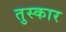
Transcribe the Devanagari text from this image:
तुस्कार